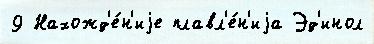
9 Нахожд'е́н'иjе плавл'е́н'иjа Эд'инол